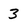
Character: 3